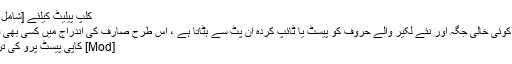
کلپ پیلیٹ کیلئے [شامل کریں] ڈریگ اور ڈراپ کریں
[Mod] رجسٹریشن باکس اب کوئی خالی جگہ اور نئے لکیر والے حروف کو پیسٹ یا ٹائپ کردہ ان پٹ سے ہٹاتا ہے ، اس طرح صارف کی اندراج میں کسی بھی قسم کی غلطیاں کم ہوجاتی ہیں
[Mod] کاپی پیسٹ پرو کی ترجیحات میں بہت سی تبدیلیاں۔